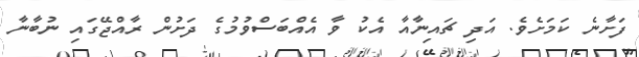
ފަށާނެ ކަމަށެވެ. އަދި ޗައިނާއާ އެކު ވާ އެއްބަސްވުމުގެ ދަށުން ރާއްޖޭގައި ނުބާނާ